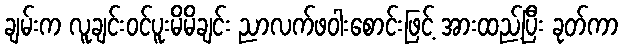
ချမ်းက လူချင်းဝင်ပူးမိမိချင်း ညာလက်ဖဝါးစောင်းဖြင့် အားထည့်ပြီး ခုတ်ကာ